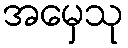
အမှေသု